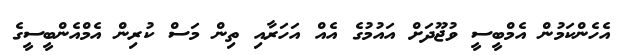
އެހެންކަމުން އެމްބީސީ ވުޖޫދަށް އައުމުގެ އެއް އަހަރާއި ތިން މަސް ކުރިން އެމްއެންބީސީގެ